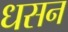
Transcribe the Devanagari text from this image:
धसन